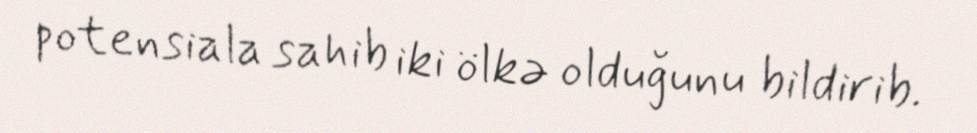
potensiala sahib iki ölkə olduğunu bildirib.